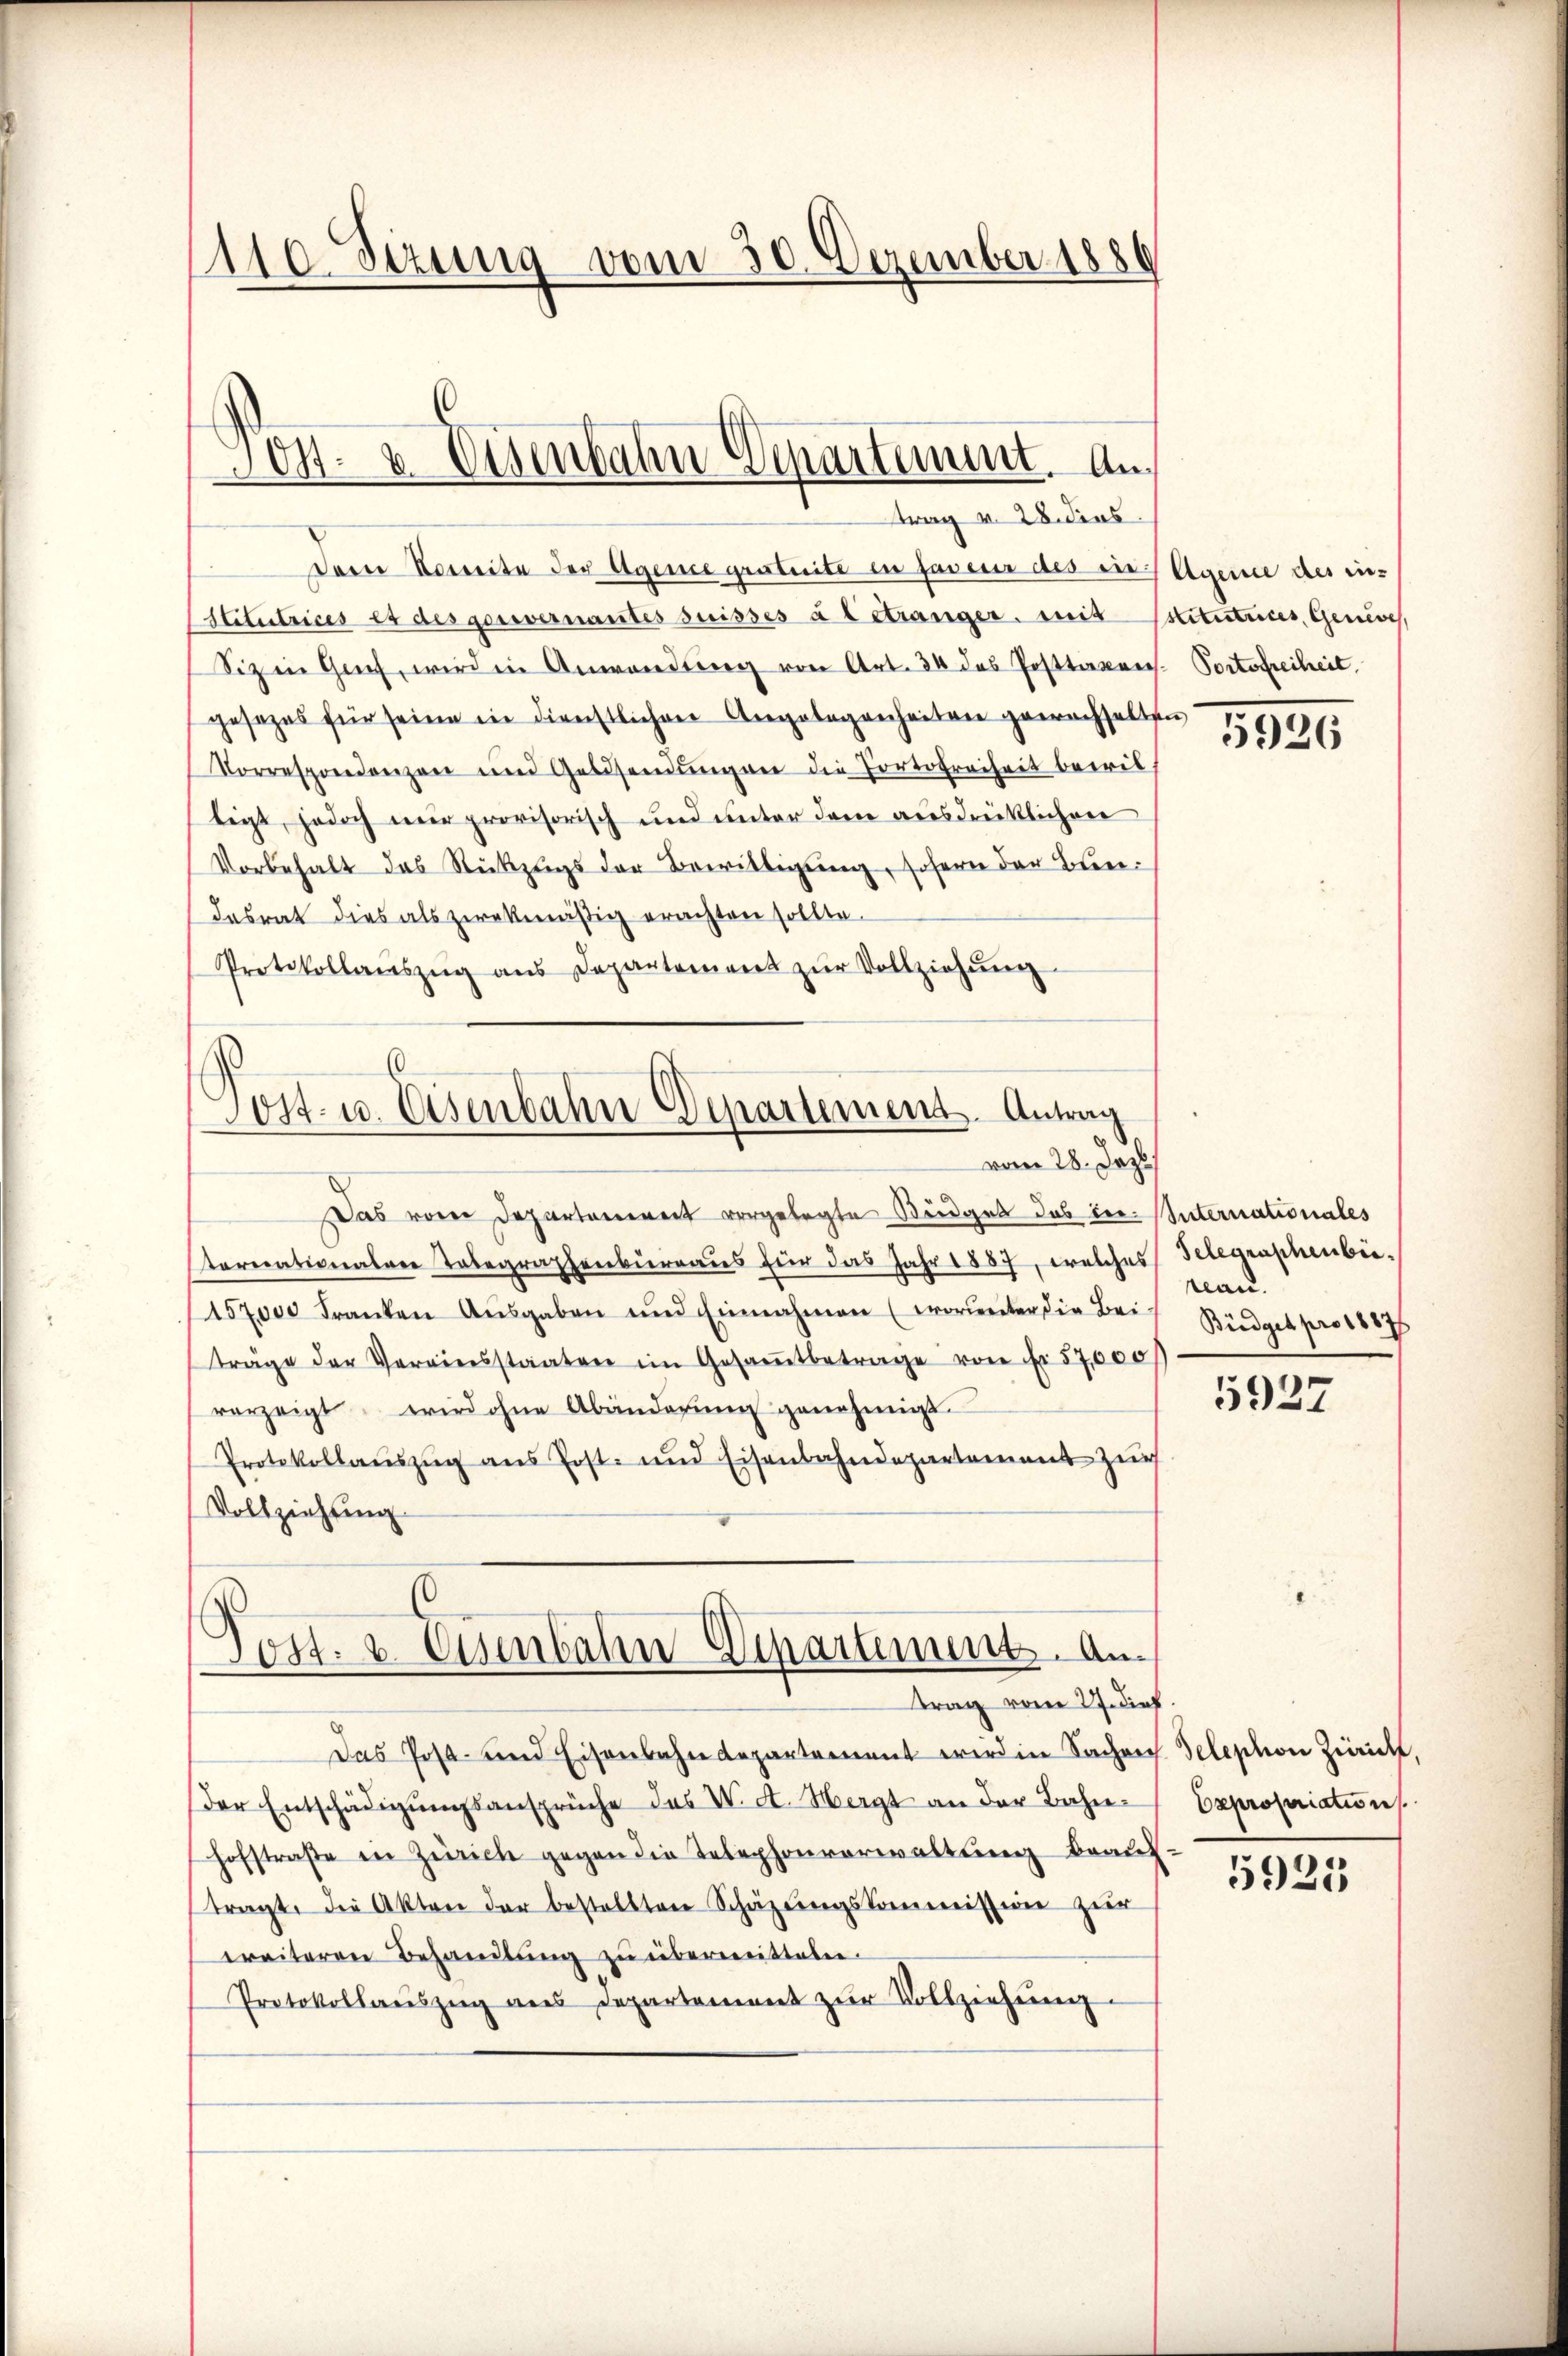
1110. Sezung vom 30. Dezember 1886

Darre Vereite der Agene gratuite in faveur des in Agende des institutrices es des gerevernantes Suisses à l étranger. mit Ostitutrices, Genisch,
Siz in Genf, wird in Anwendung von Art. 34 des Posttaxens. Portofreiheit
gesetzes für seine in dienstlichen Angelegenheiten gewachselten
Vorrespondenzen und Geldsendŭng an die Portofreiheit bewil
ligt, jedoch nur provisorisch und unter dem ausdrücklichen
Vorbehalt das Rückzugs der Bewilligung, sofern der Bundesrat dies als zwekmäßig erachten sollte.
Protokollaŭszŭg aŭs Departement zŭr Vollziehŭng

os. v. Eisenbahn Departement. An
trag v. 28. dies

ost- u. Eisenbahn Departement. Antrag
vom 28. Jezt

Post. v. Chenbahn-Departement. An
—
trag vom 27. dieß

Das vom Departanereit vorgelegte Budget das in Vnternationales
tarerationalere Tabegraphenbureaus für das Jahr 1887, welches
157000 Franken Aŭsgaben und Einnahmen (worunter die Bei-
träge der Vereinsstaaten im Gesaṁtbetrage von Fr. 57,000
vorzeigt wird ohne Abänderŭng genehmigt.
Protokollaŭszŭg ans Post- und Eisenbahndepartement zur
Vollziehtung
Das Post- und Eisenbahndepartement wird in Sachrich
der Entschädigŭngsansprüche des V. d. Mergt an der Bahnhofstraβe in Zürich gegen die Telephonverwaltung beauf
tragt, die Akten der bestellten Schäzŭngskommission zur
ereiteren Behandlŭng zŭ übermitteln.
Protokollaŭszŭg ans Departement zŭr Vollziehŭng.

5886

Telegraphenberau.
Büdget pro 18876

5937

Telephon Züricht,
Expropriation

5925